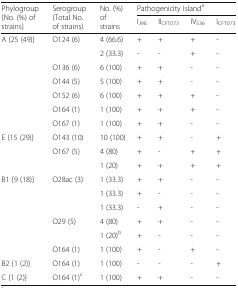
<table><thead><tr><td rowspan="2"><b>Phylogroup {No. (%) of strains}</b></td><td rowspan="2"><b>Serogroup (Total No. of strains)</b></td><td rowspan="2"><b>No. (%) of strains</b></td><td colspan="4"><b>Pathogenicity Island<sup>a</sup></b></td></tr><tr><td><b>I<sub>J96</sub></b></td><td><b>II<sub>CFT073</sub></b></td><td><b>IV<sub>536</sub></b></td><td><b>I<sub>CFT073</sub></b></td></tr></thead><tbody><tr><td rowspan="7">A {25 (49)}</td><td rowspan="2">O124 (6)</td><td>4 (66.6)</td><td>+</td><td>+</td><td>+</td><td>-</td></tr><tr><td>2 (33.3)</td><td>-</td><td>-</td><td>+</td><td>-</td></tr><tr><td>O136 (6)</td><td>6 (100)</td><td>+</td><td>+</td><td>-</td><td>-</td></tr><tr><td>O144 (5)</td><td>5 (100)</td><td>+</td><td>+</td><td>-</td><td>-</td></tr><tr><td>O152 (6)</td><td>6 (100)</td><td>+</td><td>+</td><td>+</td><td>-</td></tr><tr><td>O164 (1)</td><td>1 (100)</td><td>+</td><td>+</td><td>+</td><td>-</td></tr><tr><td>O167 (1)</td><td>1 (100)</td><td>+</td><td>+</td><td>-</td><td>-</td></tr><tr><td rowspan="3">E {15 (29)}</td><td>O143 (10)</td><td>10 (100)</td><td>+</td><td>+</td><td>-</td><td>+</td></tr><tr><td rowspan="2">O167 (5)</td><td>4 (80)</td><td>+</td><td>-</td><td>+</td><td>+</td></tr><tr><td>1 (20)</td><td>+</td><td>+</td><td>+</td><td>+</td></tr><tr><td rowspan="6">B1 {9 (18)}</td><td rowspan="3">O28ac (3)</td><td>1 (33.3)</td><td>+</td><td>+</td><td>-</td><td>-</td></tr><tr><td>1 (33.3)</td><td>+</td><td>-</td><td>-</td><td>-</td></tr><tr><td>1 (33.3)</td><td>-</td><td>+</td><td>-</td><td>-</td></tr><tr><td rowspan="2">O29 (5)</td><td>4 (80)</td><td>+</td><td>+</td><td>-</td><td>-</td></tr><tr><td>1 (20)<sup>b</sup></td><td>+</td><td>-</td><td>-</td><td>-</td></tr><tr><td>O164 (1)</td><td>1 (100)</td><td>+</td><td>-</td><td>+</td><td>-</td></tr><tr><td>B2 {1 (2)}</td><td>O164 (1)</td><td>1 (100)</td><td>-</td><td>-</td><td>-</td><td>+</td></tr><tr><td>C {1 (2)}</td><td>O164 (1)<sup>c</sup></td><td>1 (100)</td><td>+</td><td>+</td><td>-</td><td>-</td></tr></tbody></table>